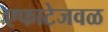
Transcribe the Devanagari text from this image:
एफाटेजवळ